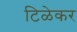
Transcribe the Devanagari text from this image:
टिळेकर